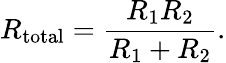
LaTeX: R_{\mathrm{total}}={\frac{R_{1}R_{2}}{R_{1}+R_{2}}}.